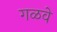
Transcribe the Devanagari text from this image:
गळवे